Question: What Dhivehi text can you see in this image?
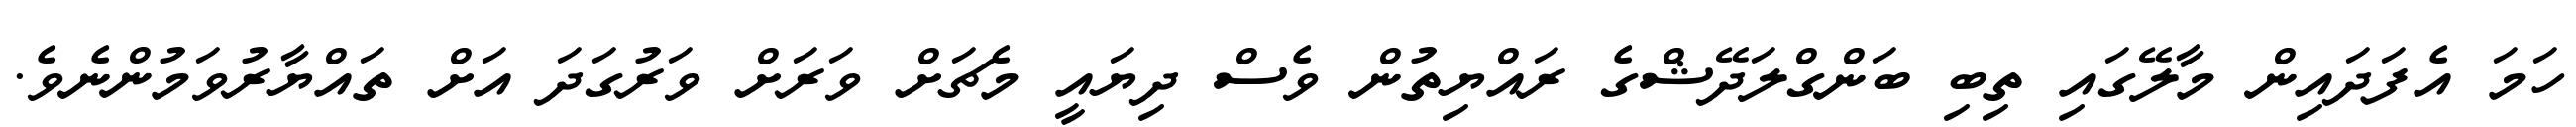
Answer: ހަމަ އެފަދައިން މާލޭގައި ތިބި ބަންގްލަދޭޝްގެ ރައްޔިތުން ވެސް ދިޔައީ މެޗަށް ވަރަށް ވަރުގަދަ އަށް ތައްޔާރުވަމުންނެވެ.